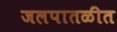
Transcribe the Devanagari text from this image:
जलपातळीत